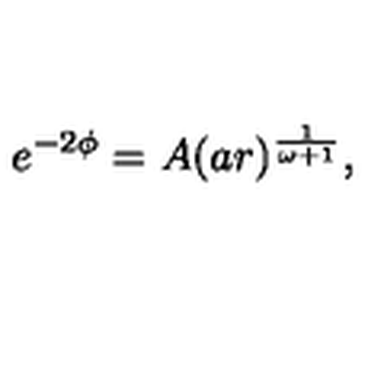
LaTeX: e ^ { - 2 \phi } = A ( a r ) ^ { \frac { 1 } { \omega + 1 } } ,